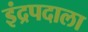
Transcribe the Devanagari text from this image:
इंद्रपदाला